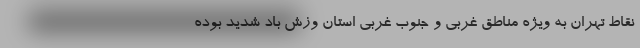
نقاط تهران به ویژه مناطق غربی و جنوب غربی استان وزش باد شدید بوده